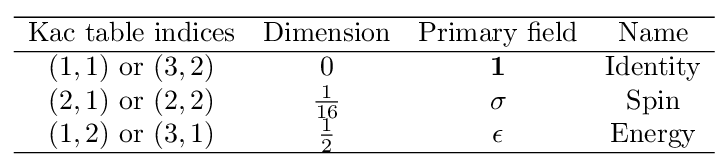
{\begin{array}{cccc}\hline {\text{Kac table indices}}&{\text{Dimension}}&{\text{Primary field}}&{\text{Name}}\\\hline (1,1){\text{ or }}(3,2)&0&\mathbf {1} &{\text{Identity}}\\(2,1){\text{ or }}(2,2)&{\frac {1}{16}}&\sigma &{\text{Spin}}\\(1,2){\text{ or }}(3,1)&{\frac {1}{2}}&\epsilon &{\text{Energy}}\\\hline \end{array}}